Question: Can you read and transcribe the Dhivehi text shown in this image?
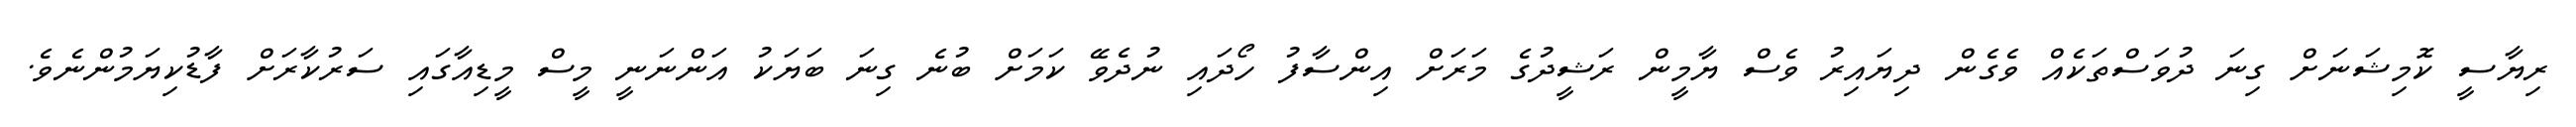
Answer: ރިޔާސީ ކޮމިޝަނަށް ގިނަ ދުވަސްތަކެއް ވެގެން ދިޔައިރު ވެސް ޔާމީން ރަޝީދުގެ މަރަށް އިންސާފު ހޯދައި ނުދެވޭ ކަމަށް ބުނެ ގިނަ ބަޔަކު އަންނަނީ މީސް މީޑިއާގައި ސަރުކާރަށް ފާޑުކިޔަމުންނެވެ.